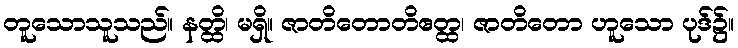
တူသောသူသည်။ နတ္ထိ၊ မရှိ။ ဇာတိတောတိဧတ္ထ၊ ဇာတိတော ဟူသော ပုဒ်၌။